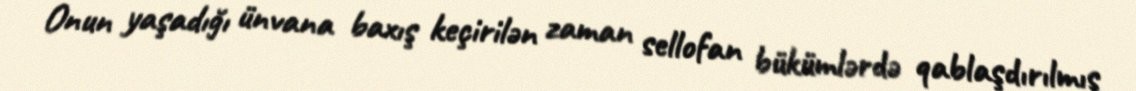
Onun yaşadığı ünvana baxış keçirilən zaman sellofan bükümlərdə qablaşdırılmış